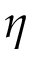
\boldsymbol { \eta }